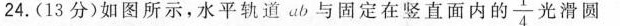
24.(13分)如图所示，水平轨道ab与固定在竖直面内的\frac{1}{4}光滑圆